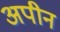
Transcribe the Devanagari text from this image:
अपीन